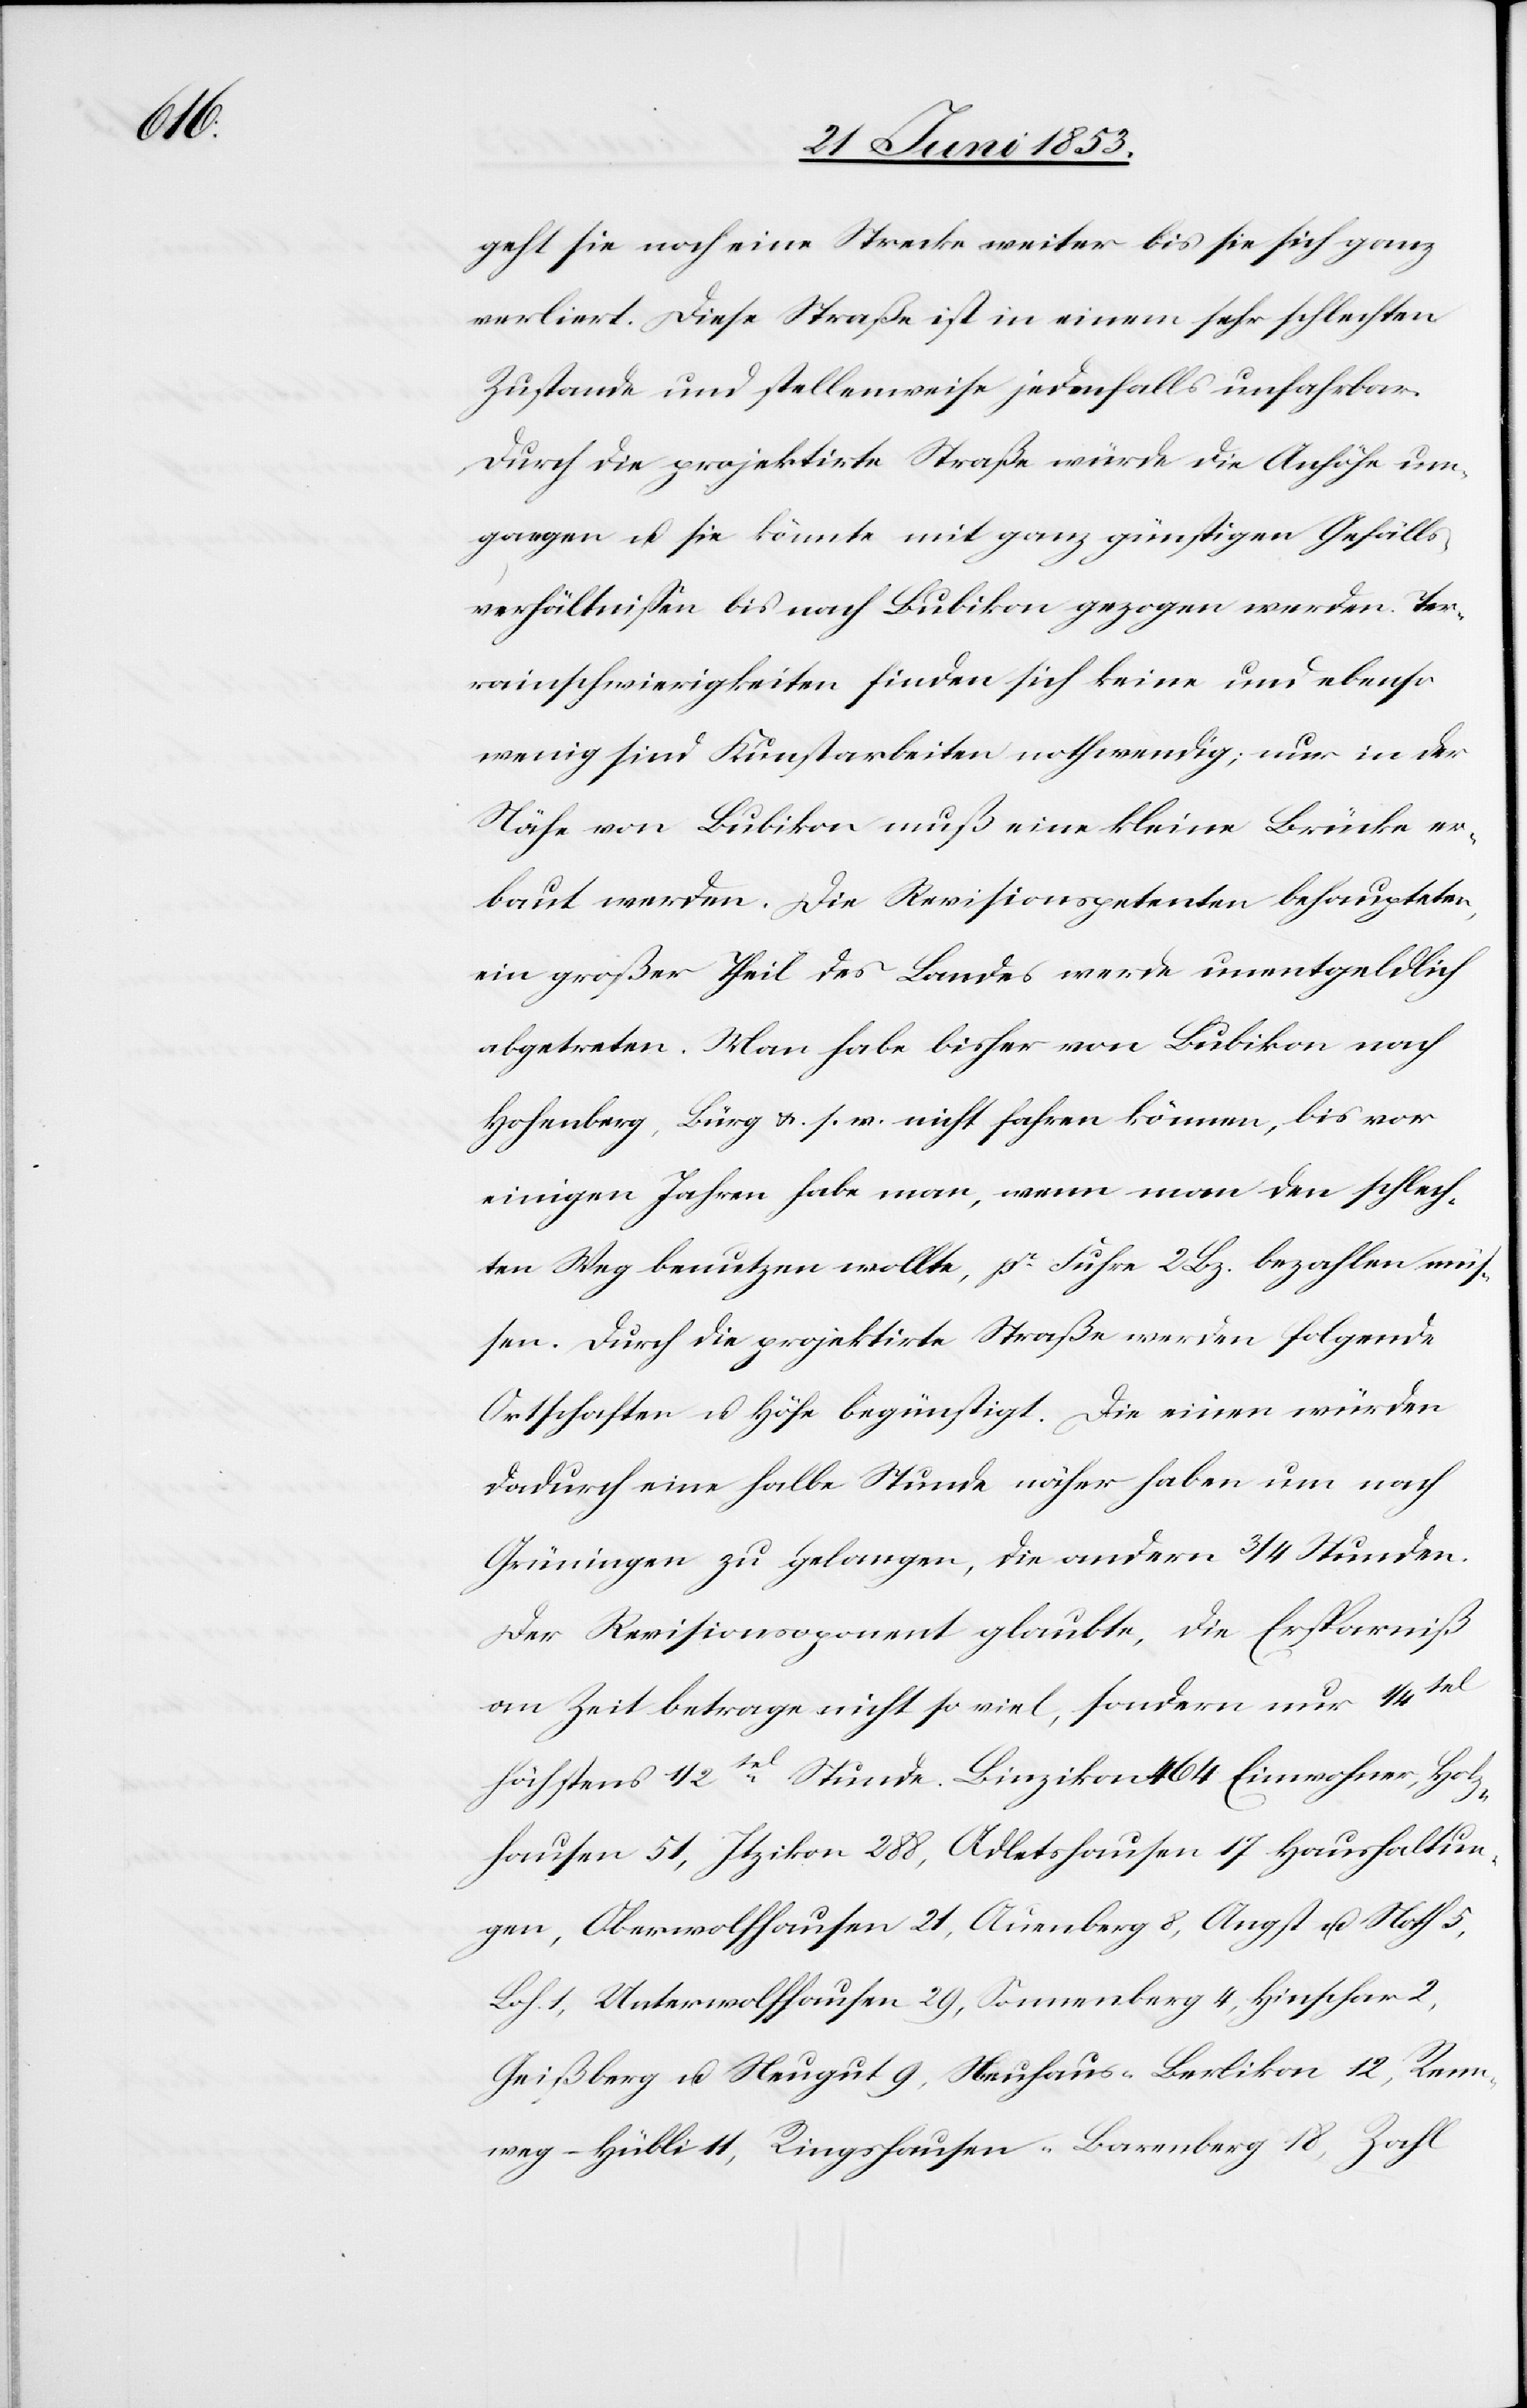
geht sie noch eine Strecke weiter bis sie sich ganz
verliert. Diese Straße ist in einem sehr schlechten
Zustande und stellenweise jedenfalls unfahrbar.
Durch die projektirte Straße würde die Anhöhe um¬
gangen u. sie könnte mit ganz günstigen Gefälls¬
verhältnißen bis nach Bubikon gezogen werden. Ter¬
rainschwierigkeiten finden sich keine und ebenso
wenig sind Kunstarbeiten nothwendig; nur in der
Nähe von Bubikon muß eine kleine Brücke er¬
baut werden. Die Revisionspetenten behaupteten,
ein großer Theil des Landes werde unentgeldlich
abgetreten. Man habe bisher von Bubikon nach
Hohenberg, Bürg u. s. w. nicht fahren können, bis vor
einigen Jahren habe man, wenn man den schlech¬
ten Weg benutzen wollte, pr. Fuhre 2 Bz. bezahlen müs¬
sen. Durch die projektirte Straße werden folgende
Ortschaften u. Höfe begünstigt. Die einen würden
dadurch eine halbe Stunde näher haben um nach
Grüningen zu gelangen, die andern 3/4 Stunden.
Der Revisionspetent glaubte, die Ersparniß
an Zeit betrage nicht so viel, sondern nur 1/4tel
höchstens 1/2tel Stunde. Binzikon 464 Einwohner, Holz¬
hausen 51, Itzikon 288, Adletshausen 17 Haushaltun¬
gen, Oberwolfhausen 21, Auenberg 8, Angst u. Noth
Boh. 1, Unterwohlhausen 29, Sonnenberg 4, Hinschar 2,
Geißberg u. Neugut 9, Neuhaus-Berlikon 12, Renn¬
weg-Hübli 11, Ringshausen-Barenberg 18, Zahl